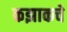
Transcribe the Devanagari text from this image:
कझाकचे